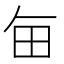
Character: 𤰗